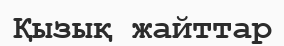
Қызық жайттар